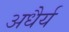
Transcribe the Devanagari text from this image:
अधैर्य